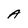
Character: A